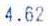
4.62